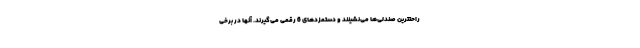
راحتترین صندلی‌ها می‌نشینند و دستمزدهای 6 رقمی می‌گیرند. آنها در برخی